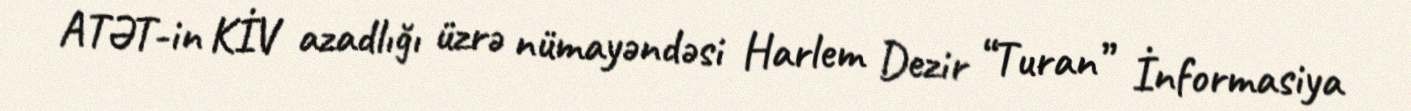
ATƏT-in KİV azadlığı üzrə nümayəndəsi Harlem Dezir “Turan” İnformasiya